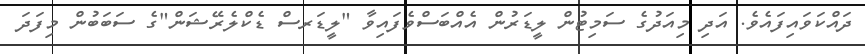
ދައްކަވައިފައެވެ. އަދި މިއަދުގެ ސަމިޓުން ލީޑަރުން އެއްބަސްވެފައިވާ "ލީޑަރސް ޑެކްލެރޭޝަން"ގެ ސަބަބުން މިފަދަ